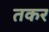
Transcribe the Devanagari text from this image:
तकर